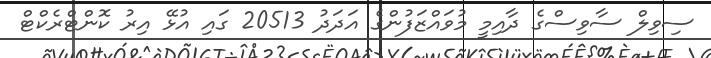
ސިވިލް ސާވިސްގެ ދާއިމީ މުވައްޒަފުންގެ އަދަދު 20513 ގައި އުޅޭ އިރު ކޮންޓްރެކްޓް